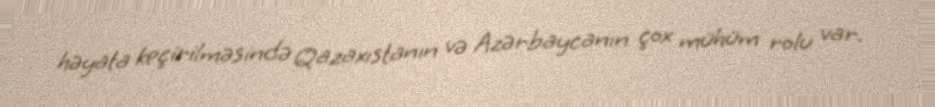
həyata keçirilməsində Qazaxıstanın və Azərbaycanın çox mühüm rolu var.